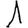
Digit: 1